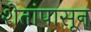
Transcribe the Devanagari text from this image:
शेतांपासून